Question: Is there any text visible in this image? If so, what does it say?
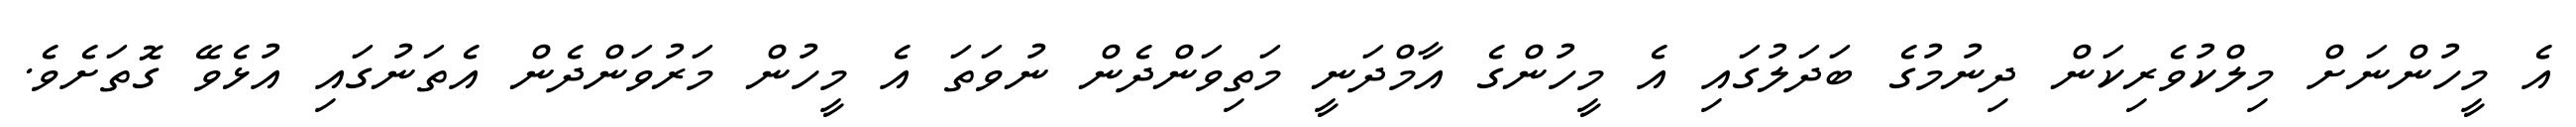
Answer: އެ މީހުންނަށް މިލްކުވެރިކަން ދިނުމުގެ ބަދަލުގައި އެ މީހުންގެ އާމްދަނީ މަތިވަންދެން ނުވަތަ އެ މީހުން މަރުވަންދެން އެތަނުގައި އުޅެވޭ ގޮތަށެވެ.